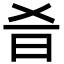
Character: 𣅎